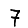
Digit: 7